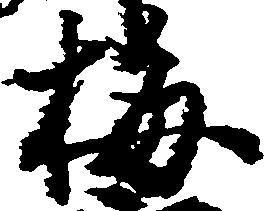
梅